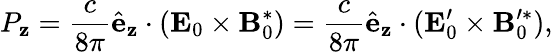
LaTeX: P_{\mathbf{z}}=\frac{{c}}{{8\pi}}\hat{{\mathbf{{e}}}}_{\mathbf{z}}\cdot(\mathbf{{E}}_{0}\times\mathbf{{B}}_{0}^{*})=\frac{{c}}{{8\pi}}\hat{{\mathbf{{e}}}}_{\mathbf{z}}\cdot(\mathbf{{E}}_{0}^{\prime}\times\mathbf{{B}}_{0}^{\prime*}),